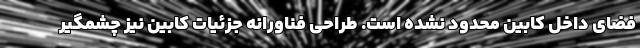
فضای داخل کابین محدود نشده است. طراحی فناورانه جزئیات کابین نیز چشمگیر